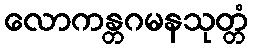
လောကန္တဂမနသုတ္တံ